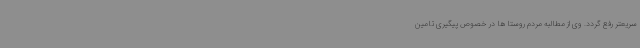
سریعتر رفع گردد. وی از مطالبه مردم روستا ها در خصوص پیگیری تامین